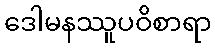
ဒေါမနဿူပဝိစာရာ